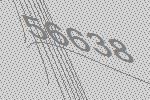
56638